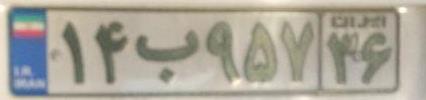
۱۴ب۹۵۷۳۶